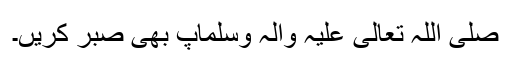
صَلَّی اللہُ تَعَالٰی عَلَیْہِ وَاٰلِہٖ وَسَلَّمَآپ بھی صبر کریں۔